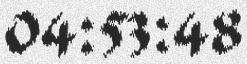
04:53:48